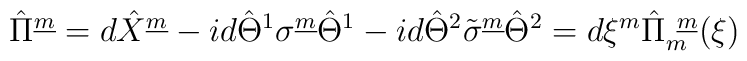
\hat{\Pi}^{\underline{m}} =d\hat{X}^{\underline{m}} -i d\hat{\Theta}^{1}{\sigma}^{\underline{m}}\hat{\Theta}^1-i d\hat{\Theta}^2\tilde{\sigma}^{\underline{m}}\hat{\Theta}^2 = d\xi^m \hat{\Pi}^{~\underline{m}}_m (\xi )